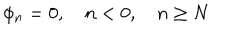
\phi _ { n } = 0 , \quad n < 0 , \quad n \geq N